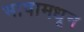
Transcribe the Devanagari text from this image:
भाषामधून